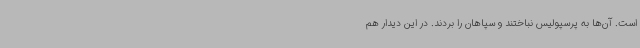
است. آن‌ها به پرسپولیس نباختند و سپاهان را بردند. در این دیدار هم